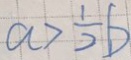
a > \frac { 1 } { 2 } b